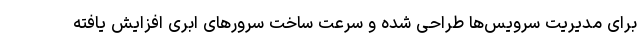
برای مدیریت سرویس‌ها طراحی شده و سرعت ساخت سرورهای ابری افزایش یافته